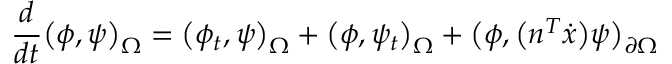
\frac { d } { d t } \big ( \phi , \psi \big ) _ { \Omega } = \big ( \phi _ { t } , \psi \big ) _ { \Omega } + \big ( \phi , \psi _ { t } \big ) _ { \Omega } + \big ( \phi , \big ( n ^ { T } \dot { x } \big ) \psi \big ) _ { \partial \Omega }